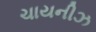
ચાયનીઝ